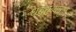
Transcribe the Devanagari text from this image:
धबधब्यातुन